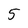
Character: 5